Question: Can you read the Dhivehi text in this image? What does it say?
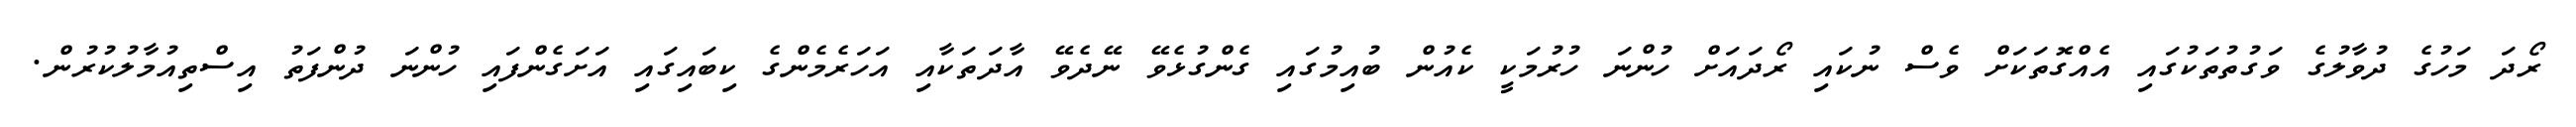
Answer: ރޯދަ މަހުގެ ދުވާލުގެ ވަގުތުތަކުގައި އެއްގޮތަކަށް ވެސް ނުކައި ރޯދައަށް ހުންނަ ހުރުމަކީ ކެއުން ބުއިމުގައި ގެންގުޅެވޭ ނޭދެވޭ އާދަތަކާއި އަހަރެމެންގެ ކިބައިގައި އަށަގެންފައި ހުންނަ ދުންފަތު އިސްތިއުމާލުކުރުން.